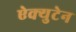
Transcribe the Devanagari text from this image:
ऐक्युटेन